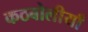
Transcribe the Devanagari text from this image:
कठबोलीयाँ